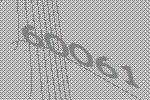
60061